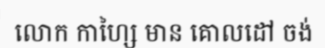
លោក កាហ្សៃ មាន គោលដៅ ចង់